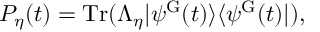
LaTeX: { \cal P } _ { \eta } ( t ) = \mathrm { T r } ( \Lambda _ { \eta } | \psi ^ { \mathrm { G } } ( t ) \rangle \langle \psi ^ { \mathrm { G } } ( t ) | ) ,